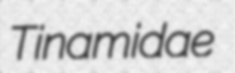
Tinamidae